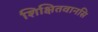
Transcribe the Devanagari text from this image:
शिक्षितवानसि